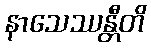
နာသေဿန္တီတိ